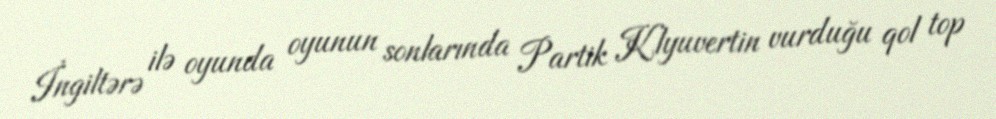
İngiltərə ilə oyunda oyunun sonlarında Partik Klyuvertin vurduğu qol top